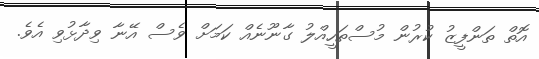
އޮތް ތަންފީޒު ކުރުން މުސްތަހީއްލު ގާނޫނެއް ކަމަށް ވެސް އޭނާ ވިދާޅުވި އެވެ.